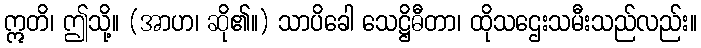
ဣတိ၊ ဤသို့။ (အာဟ၊ ဆို၏။) သာပိခေါ သေဋ္ဌိဓီတာ၊ ထိုသဌေးသမီးသည်လည်း။